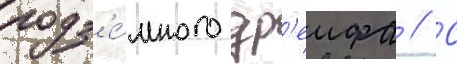
подз'е́много др'еифа // С